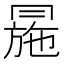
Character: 㒾